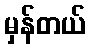
မှန်တယ်